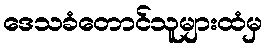
ဒေသခံတောင်သူများထံမှ